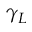
\gamma _ { L }